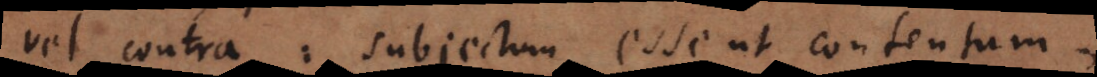
vel contra: subjectum esse ut contentum,